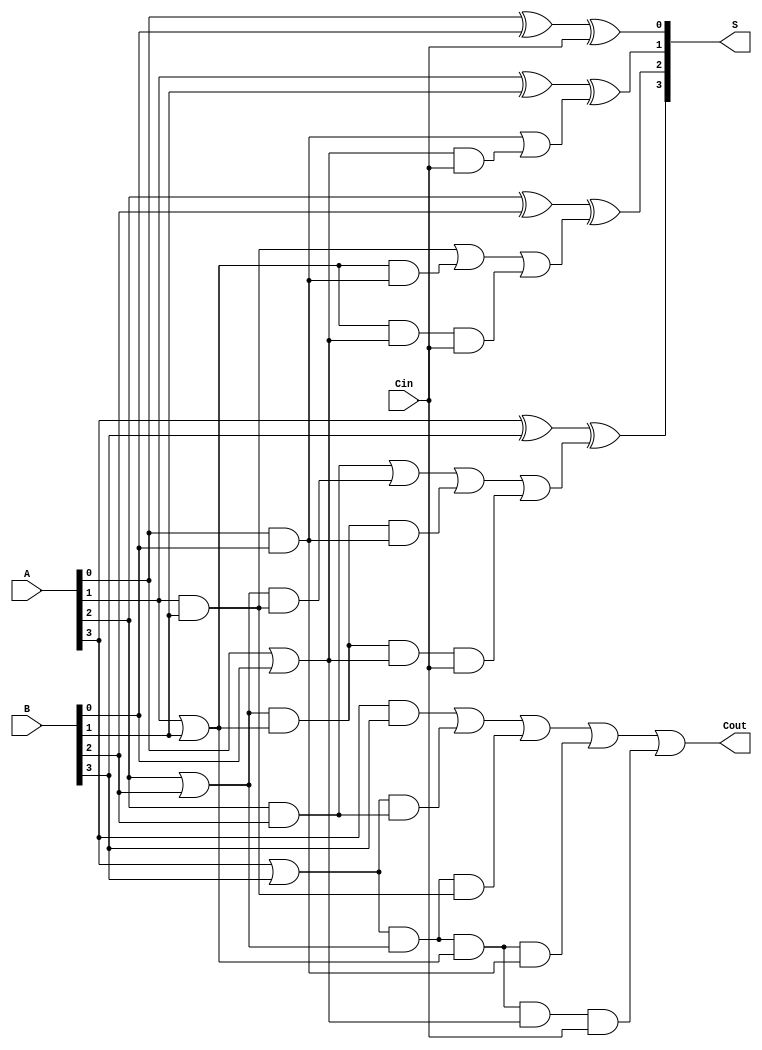
module carry_lookahead_adder #(
    parameter n = 4  // You can change this to any desired bit width
)(
    input [n-1:0] A,   // n-bit input A
    input [n-1:0] B,   // n-bit input B
    input Cin,         // Carry-in
    output [n-1:0] S,  // n-bit sum output
    output Cout        // Carry-out
);

    wire [n-1:0] G;    // Generate signals
    wire [n-1:0] P;    // Propagate signals
    wire [n:0] C;      // Carry signals

    // Generate and Propagate calculations
    genvar i;
    generate
        for (i = 0; i < n; i = i + 1) begin: gen_and_prop
            assign G[i] = A[i] & B[i];   // Generate
            assign P[i] = A[i] | B[i];   // Propagate
        end
    endgenerate

    // Carry calculations
    assign C[0] = Cin;  // Initial carry-in
    generate
        for (i = 0; i < n; i = i + 1) begin: carry_gen
            if (i == 0) begin
                assign C[1] = G[0] | (P[0] & Cin);
            end else if (i == 1) begin
                assign C[2] = G[1] | (P[1] & G[0]) | (P[1] & P[0] & Cin);
            end else if (i == 2) begin
                assign C[3] = G[2] | (P[2] & G[1]) | (P[2] & P[1] & G[0]) | (P[2] & P[1] & P[0] & Cin);
            end else if (i == 3) begin
                assign C[4] = G[3] | (P[3] & G[2]) | (P[3] & P[2] & G[1]) | (P[3] & P[2] & P[1] & G[0]) | (P[3] & P[2] & P[1] & P[0] & Cin);
            end
            // Repeat for larger n by extending the conditions
        end
    endgenerate

    // Sum calculation
    generate
        for (i = 0; i < n; i = i + 1) begin: sum_gen
            assign S[i] = A[i] ^ B[i] ^ C[i];  // Sum
        end
    endgenerate

    // Carry-out output
    assign Cout = C[n]; // Final carry-out

endmodule